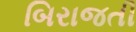
બિરાજતી